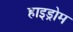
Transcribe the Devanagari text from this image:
हाइड्रोम